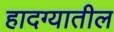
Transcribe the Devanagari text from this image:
हादग्यातील